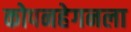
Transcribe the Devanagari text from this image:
कोपनहेगनला